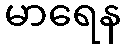
မာရေန